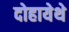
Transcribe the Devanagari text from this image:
दोहायेथे